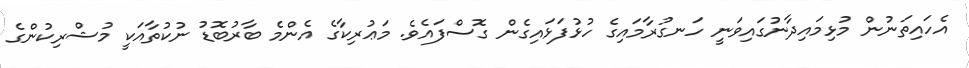
އެހައިތަނުން މުޅިމައިދާނުގައިވަނީ ހަނގުރާމައިގެ ހުޅުފަޅައިގެން ގޮސްފައެވެ. މަޢުރިކާގެ އެންމެ ބާރުބޮޑު ނުކުތާއަކީ މުޝްރިކުންގެ